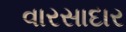
વારસાદાર